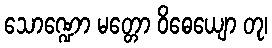
သောဏ္ဍော မတ္တော ဝိဓေယျော တု၊